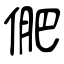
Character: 俷